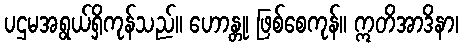
ပဌမအရွယ်ရှိကုန်သည်။ ဟောန္တု၊ ဖြစ်စေကုန်။ ဣတိအာဒိနာ၊